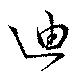
迪